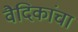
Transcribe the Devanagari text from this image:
वैदिकांचा